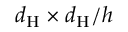
d _ { \mathrm { H } } \times d _ { \mathrm { H } } / h